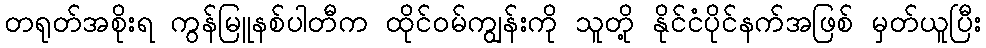
တရုတ်အစိုးရ ကွန်မြူနစ်ပါတီက ထိုင်ဝမ်ကျွန်းကို သူတို့ နိုင်ငံပိုင်နက်အဖြစ် မှတ်ယူပြီး